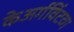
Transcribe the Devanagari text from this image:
केअर्गविंटव्ग